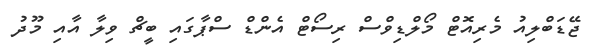
ޖޭޑަބްލިއު މެރިއޮޓް މޯލްޑިވްސް ރިސޯޓް އެންޑް ސްޕާގައި ބީޗް ވިލާ އާއި މޫދު